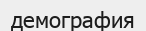
демография